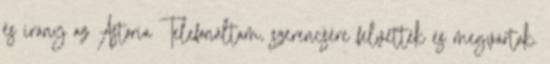
és irány az Astoria Telefonáltam, szerencsére felvették és megvártak.